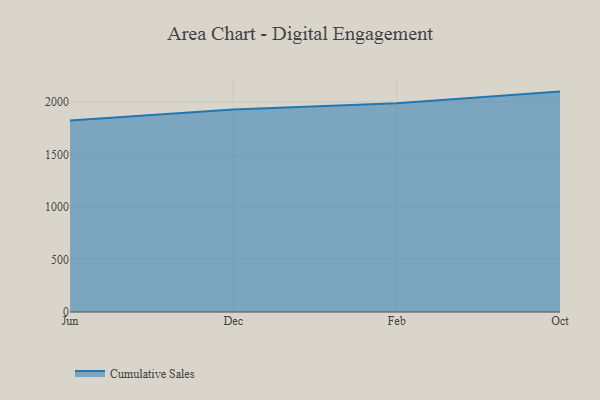
{"axis": {"x": "Month", "y": "Production Output"}, "legend": ["Cumulative Sales"], "data": [{"x": "Jun", "y": 1824.5, "type": "Cumulative Sales"}, {"x": "Dec", "y": 1927.9, "type": "Cumulative Sales"}, {"x": "Feb", "y": 1987.6, "type": "Cumulative Sales"}, {"x": "Oct", "y": 2099.3, "type": "Cumulative Sales"}]}